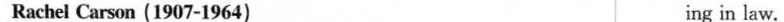
Rachel Carson (1907-1964) ing in law.